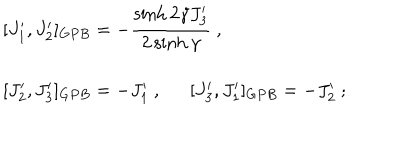
\begin{array} { l } { { [ J _ { 1 } ^ { \prime } , J _ { 2 } ^ { \prime } ] _ { G P B } = - \displaystyle \displaystyle \frac { \sinh 2 \gamma J _ { 3 } ^ { \prime } } { 2 \sinh \gamma } ~ , } } \\ { { [ J _ { 2 } ^ { \prime } , J _ { 3 } ^ { \prime } ] _ { G P B } = - J _ { 1 } ^ { \prime } ~ , { } [ J _ { 3 } ^ { \prime } , J _ { 1 } ^ { \prime } ] _ { G P B } = - J _ { 2 } ^ { \prime } ~ ; } } \\ \end{array}